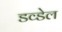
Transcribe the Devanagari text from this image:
डव्डेल